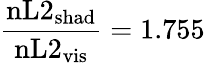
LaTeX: \frac{\mathrm{nL2}_{\mathrm{shad}}}{\mathrm{nL2}_{\mathrm{vis}}}=1.755